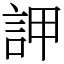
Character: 䛅